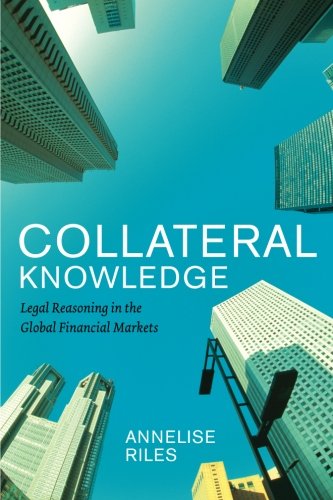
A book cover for Collateral Knowledge: Legal Reasoning in the Global Financial Markets (Chicago Series in Law and Society); Annelise Riles; Law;